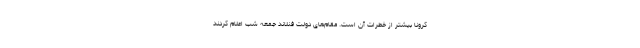
کرونا بیشتر از خطرات آن است. مقام‌های دولت فنلاند جمعه شب اعلام کردند